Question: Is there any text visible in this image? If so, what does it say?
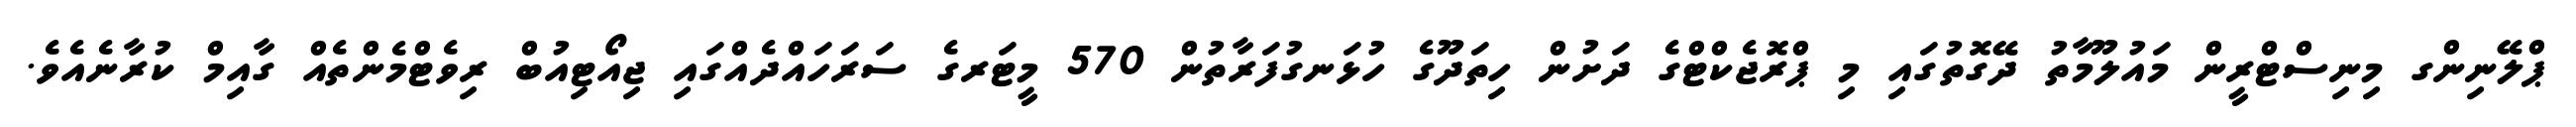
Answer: ޕްލޭނިންގ މިނިސްޓްރީން މައުލޫމާތު ދޭގޮތުގައި މި ޕްރޮޖެކްޓްގެ ދަށުން ހިތަދޫގެ ހުޅަނގުފަރާތުން 570 މީޓަރގެ ސަރަހައްދެއްގައި ޖިއޯޓިއުބް ރިވެޓްމެންތެއް ގާއިމް ކުރާނެއެވެ.